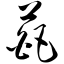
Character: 葩